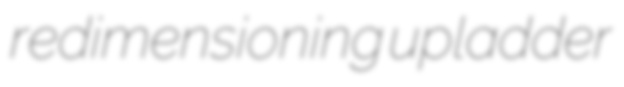
redimensioning upladder